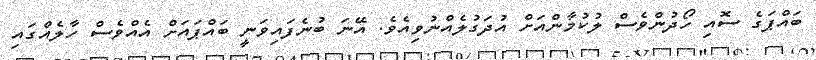
ބައްޕަގެ ސޮއި ހޯދުންވެސް ލުކުމާންއަށް އުދަގުލެއްނުވިއެވެ. އޭނަ ބުނެފައިވަނީ ބައްޕައަށް އެއްވެސް ހާލެއްގައި